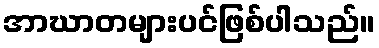
အာဃာတများပင်ဖြစ်ပါသည်။